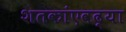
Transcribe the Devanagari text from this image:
शतकांएवढ्या